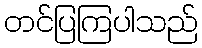
တင်ပြကြပါသည်